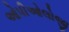
ઓપીઓલોજી